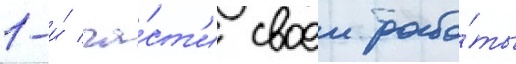
1-и́ ча́ст'и своеи рабо́ты